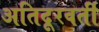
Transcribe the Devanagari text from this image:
अतिदूरवर्ती